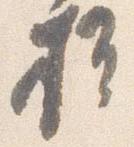
様